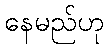
နေမည်ဟု